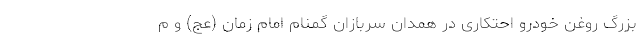
بزرگ روغن خودرو احتکاری در همدان سربازان گمنام امام زمان (عج) و م